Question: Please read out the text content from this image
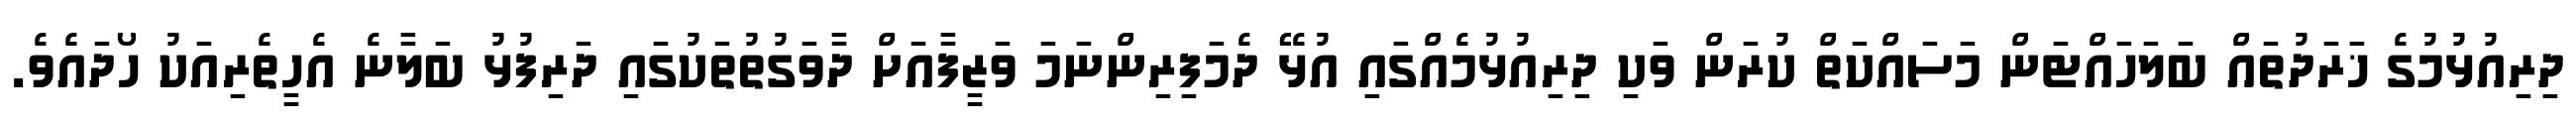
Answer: ދިރިއުޅުމުގެ ޚަރަދުތައް ބަލަހައްޓަން މަސައްކަތް ކުރަން ވަކި ދިރިއުޅުމެއްގައި އުޅޭ ދެމަފިރިންނަމަ ވަޒީފާއަށް ދާވަގުތުތަކުގައި ދަރިފުޅު ބަލާނެ އެހީތެރިއަކު ހޯދައެވެ.